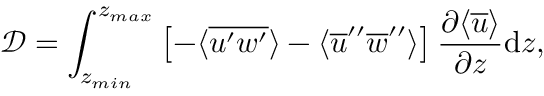
\mathcal { D } = \int _ { z _ { m i n } } ^ { z _ { m a x } } \left[ - \langle \overline { { u ^ { \prime } w ^ { \prime } } } \rangle - \langle \overline { { u } } ^ { \prime \prime } \overline { { w } } ^ { \prime \prime } \rangle \right] \frac { \partial \langle \overline { { u } } \rangle } { \partial z } \mathrm { d } z ,